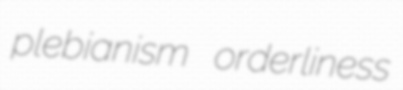
plebianism orderliness